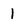
Character: 1